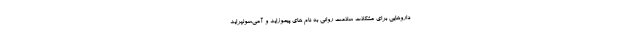
داروهایی برای مشکلات سلامت روانی به نام های پیموزاید و آمی‌سولپراید